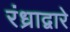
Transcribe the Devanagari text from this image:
रंध्राद्वारे